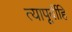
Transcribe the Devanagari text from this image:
त्यापूर्वीहि